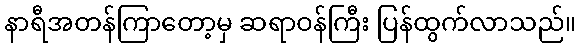
နာရီအတန်ကြာတော့မှ ဆရာဝန်ကြီး ပြန်ထွက်လာသည်။